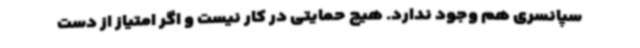
سپانسری هم وجود ندارد. هیچ حمایتی در کار نیست و اگر امتیاز از دست